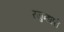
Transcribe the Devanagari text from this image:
रजुन्धारी